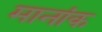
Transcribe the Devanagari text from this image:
मानांक